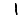
Digit: 1